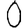
Digit: 0